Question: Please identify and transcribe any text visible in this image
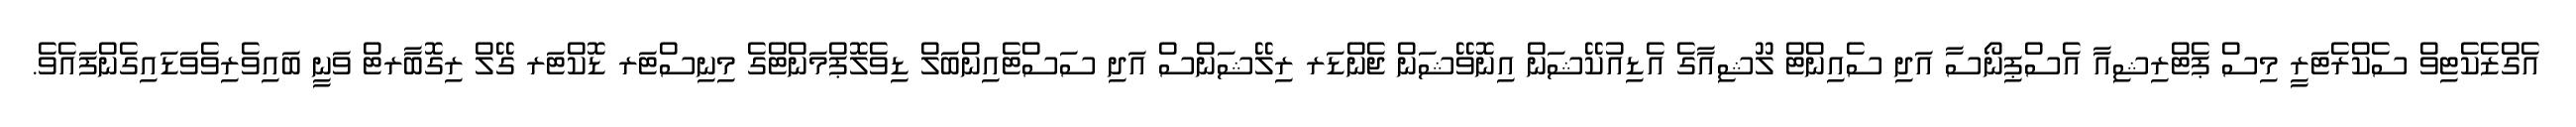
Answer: އެގްޒެކެޓިވް ސެކްރެޓަރީ މިސް ޕެޓްރިޝިއާ އެސްޕިނޯސާ އަދި ސެއިންޓް ލޫޝިއާގެ އެޑިއުކޭޝަން އިނޮވޭޝަން ޖެންޑަރ ރިލޭޝަންސް އަދި ސަސްޓެއިންބަލް ޑިވެލޮޕްމަންޓްގެ މިނިސްޓަރ ޑޮކްޓަރ ގޭލް ރިގޮބާރޓް ވަނީ ބައިވެރިވެވަޑައިގެންފައެވެ.